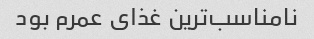
نامناسب‌ترین غذای عمرم بود